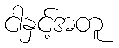
ငါနှင့်အတူ